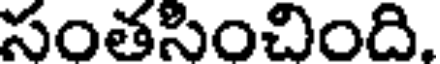
సంతసించింది.